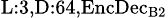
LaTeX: _{\textrm{L}:3,\textrm{D}:64,\textrm{EncDec}_{\textrm{B}2}}